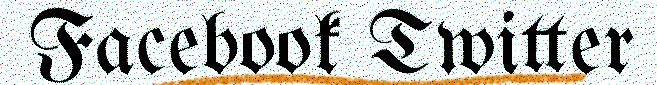
Facebook Twitter